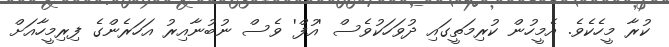
ކުރާ މީހެކެވެ. އެމީހުން ކުރިމަތީގައި ދުވަހަކުވެސް 'އުފް' ވެސް ނުބުނާއިރު އަހަރެންގެ ފިރިމީހާއަށް